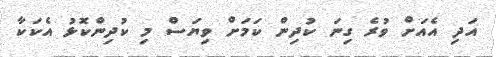
އަދި އެއަށް ވުރެ ގިނަ ކުދިން ކަމަށް ވިޔަސް މި ކުދިންކޮޅު އެކަކާ